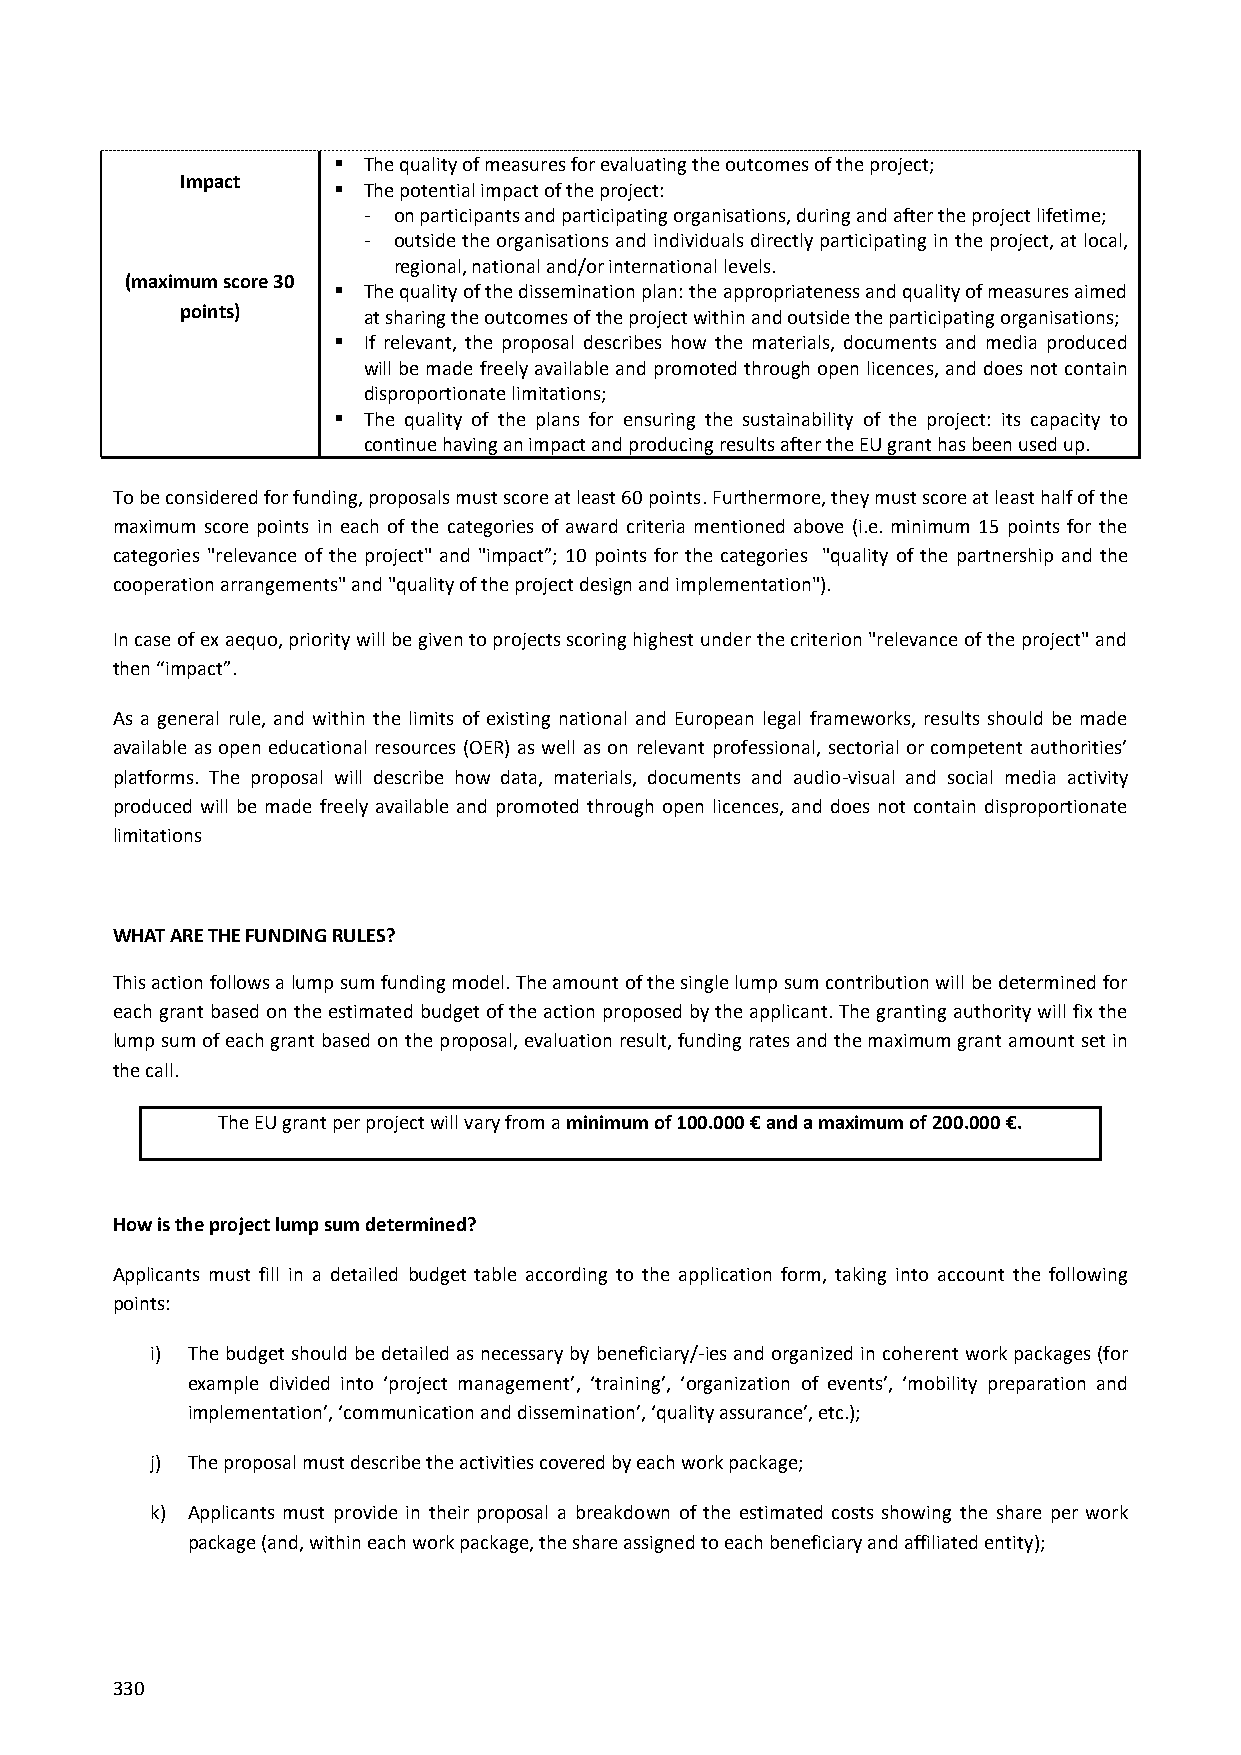
 The quality of measures for evaluating the outcomes of the project;
 Impact
  The potential impact of the project:
 - on participants and participating organisations, during and after the project lifetime;
 - outside the organisations and individuals directly participating in the project, at local,
 regional, national and/or international levels.
 (maximum score 30
  The quality of the dissemination plan: the appropriateness and quality of measures aimed
 points)     at sharing the outcomes of the project within and outside the participating organisations;
  If relevant, the proposal describes how the materials, documents and media produced
 will be made freely available and promoted through open licences, and does not contain
 disproportionate limitations;
  The quality of the plans for ensuring the sustainability of the project: its capacity to
 continue having an impact and producing results after the EU grant has been used up.
 To be considered for funding, proposals must score at least 60 points. Furthermore, they must score at least half of the
 maximum score points in each of the categories of award criteria mentioned above (i.e. minimum 15 points for the
 categories "relevance of the project" and "impact”; 10 points for the categories "quality of the partnership and the
 cooperation arrangements" and "quality of the project design and implementation").
 In case of ex aequo, priority will be given to projects scoring highest under the criterion "relevance of the project" and
 then “impact”.
 As a general rule, and within the limits of existing national and European legal frameworks, results should be made
 available as open educational resources (OER) as well as on relevant professional, sectorial or competent authorities’
 platforms. The proposal will describe how data, materials, documents and audio-visual and social media activity
 produced will be made freely available and promoted through open licences, and does not contain disproportionate
 limitations
 WHAT ARE THE FUNDING RULES?
 This action follows a lump sum funding model. The amount of the single lump sum contribution will be determined for
 each grant based on the estimated budget of the action proposed by the applicant. The granting authority will fix the
 lump sum of each grant based on the proposal, evaluation result, funding rates and the maximum grant amount set in
 the call.
 The EU grant per project will vary from a minimum of 100.000 € and a maximum of 200.000 €.
 How is the project lump sum determined?
 Applicants must fill in a detailed budget table according to the application form, taking into account the following
 points:
 i) The budget should be detailed as necessary by beneficiary/-ies and organized in coherent work packages (for
 example divided into ‘project management’, ‘training’, ‘organization of events’, ‘mobility preparation and
 implementation’, ‘communication and dissemination’, ‘quality assurance’, etc.);
 j) The proposal must describe the activities covered by each work package;
 k) Applicants must provide in their proposal a breakdown of the estimated costs showing the share per work
 package (and, within each work package, the share assigned to each beneficiary and affiliated entity);
 330